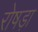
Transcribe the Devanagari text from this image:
रोषड़ा